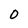
Character: 0